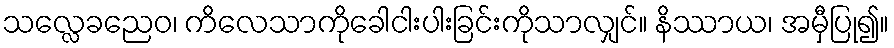
သလ္လေခညေဝ၊ ကိလေသာကိုခေါငါးပါးခြင်းကိုသာလျှင်။ နိဿာယ၊ အမှီပြု၍။